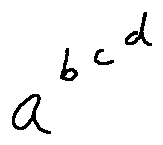
a ^ { b ^ { c ^ { d } } }